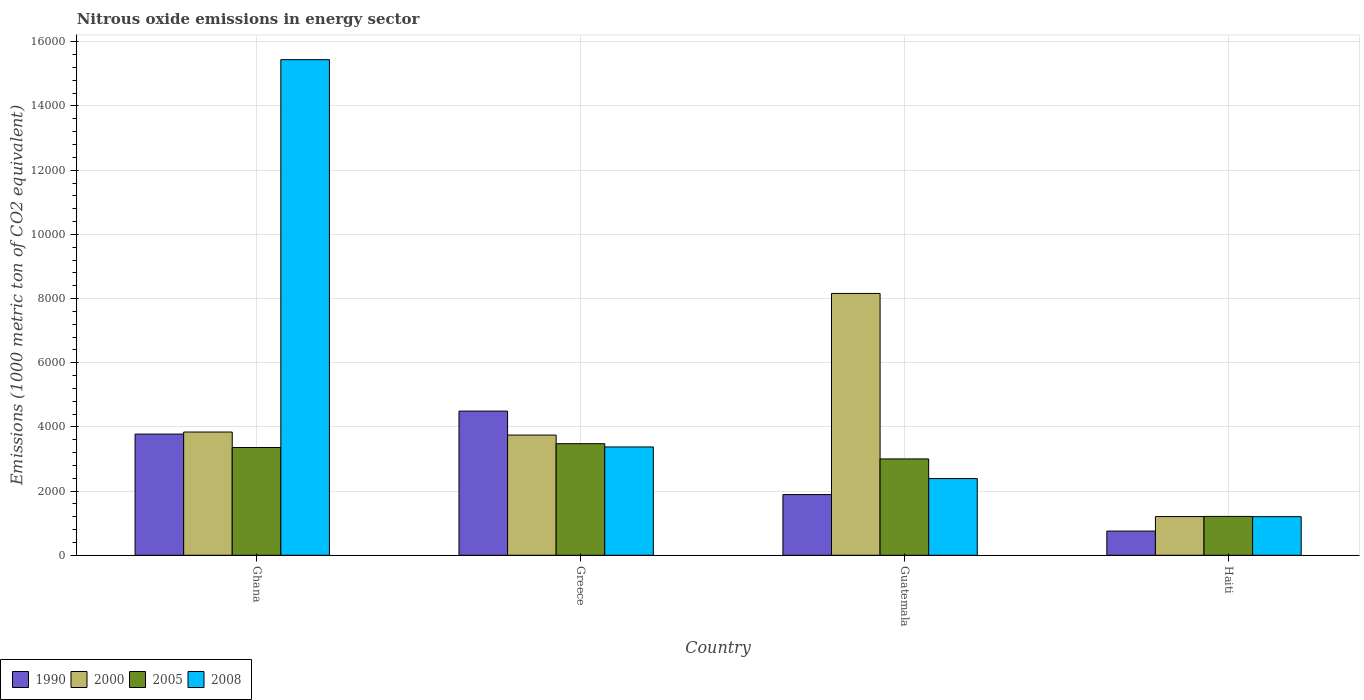
| Country | 1990 | 2000 | 2005 | 2008 |
 | --- | --- | --- | --- | --- |
 | Ghana | 3.78e+03 | 3.84e+03 | 3.36e+03 | 1.54e+04 |
 | Greece | 4.49e+03 | 3.75e+03 | 3.48e+03 | 3.38e+03 |
 | Guatemala | 1.89e+03 | 8.16e+03 | 3e+03 | 2.39e+03 |
 | Haiti | 754 | 1.21e+03 | 1.21e+03 | 1.2e+03 |